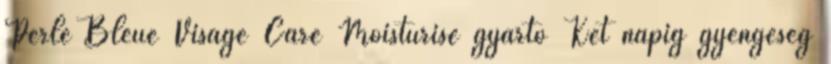
Perle Bleue Visage Care Moisturise gyártó Két napig gyengeség